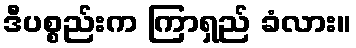
ဒီပစ္စည်းက ကြာရှည် ခံလား။